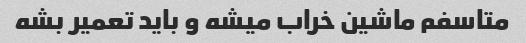
متاسفم ماشین خراب میشه و باید تعمیر بشه